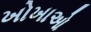
ખોખાઓ